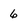
Character: 6